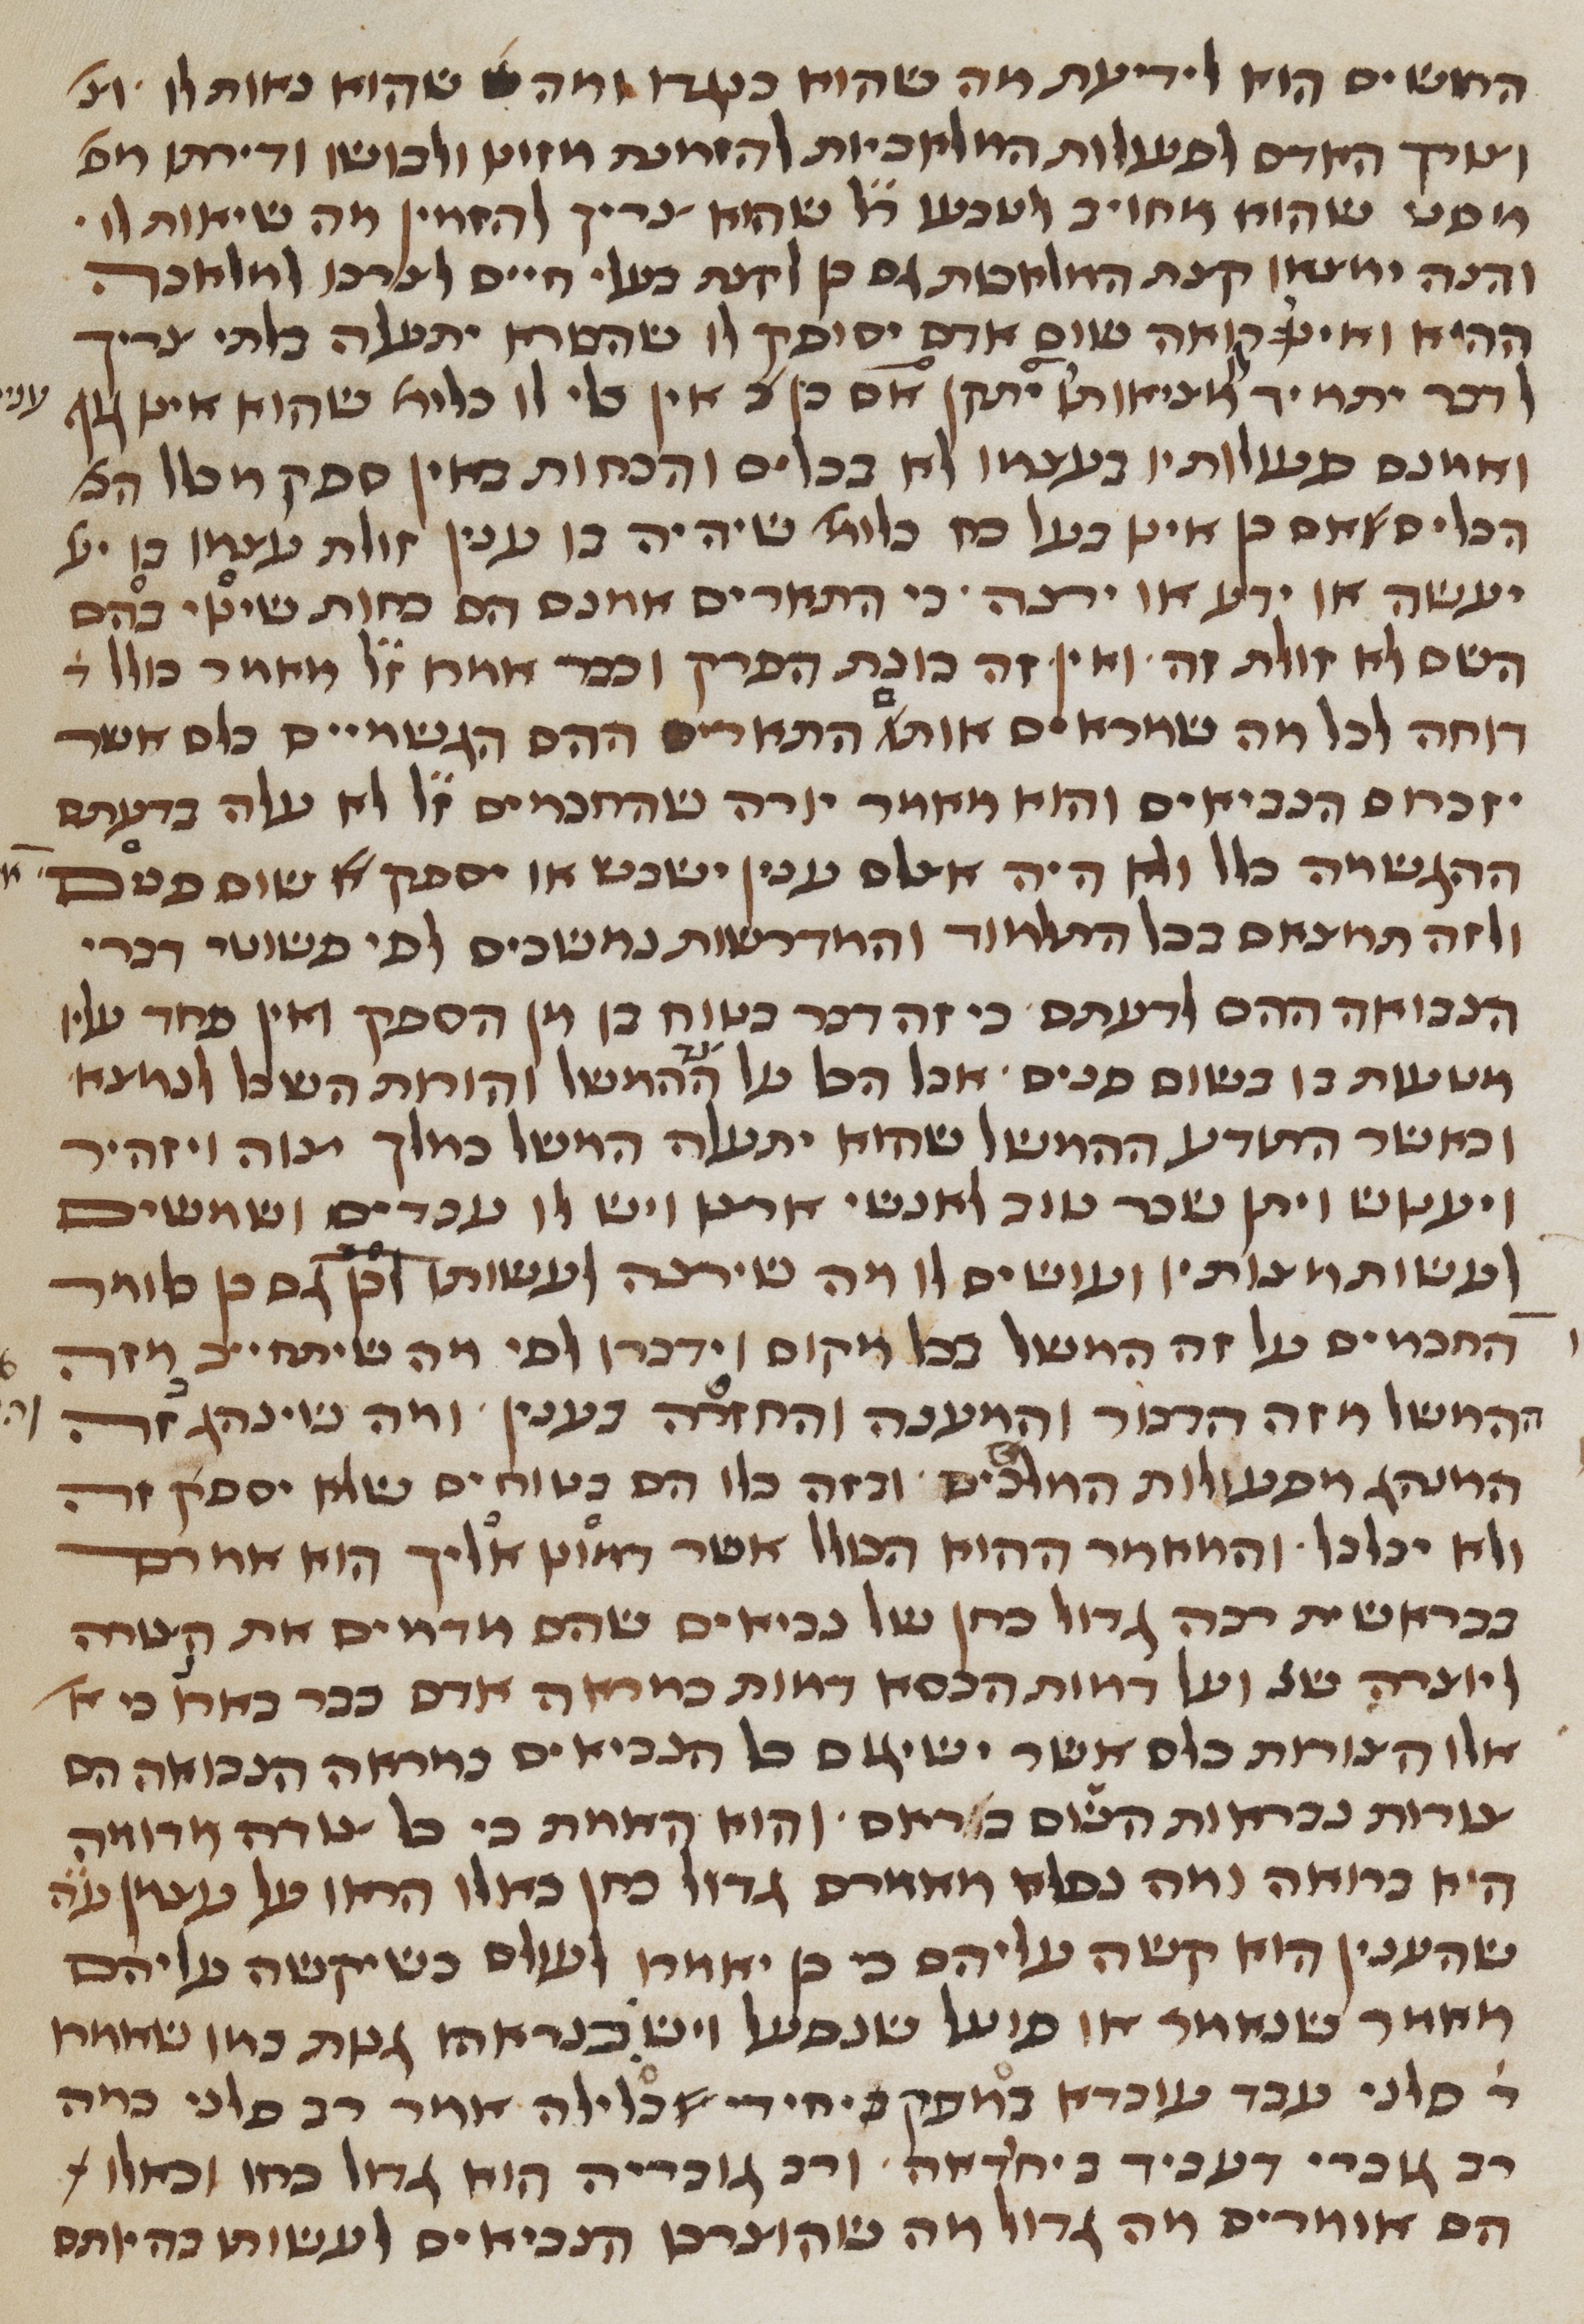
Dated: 1450–1499